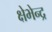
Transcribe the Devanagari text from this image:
क्षेभेन्द्र